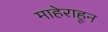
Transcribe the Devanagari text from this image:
माहेराहून